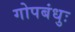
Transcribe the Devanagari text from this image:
गोपबंधुः